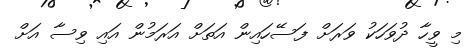
މި ވީހާ ދުވަހަކު ވަރަށް ފަސޭހައިން އަތަށް އަރަމުން އައި ވިސާ އަށް